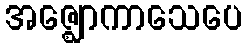
အဇ္ဈောကာသေပေ